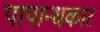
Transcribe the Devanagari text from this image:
पापान्धकार